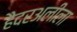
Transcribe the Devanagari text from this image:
हैदरअलीला